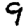
Digit: 9